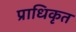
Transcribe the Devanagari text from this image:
प्राधिकृत